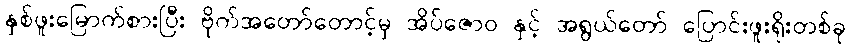
နှစ်ဖူးမြောက်စားပြီး ဗိုက်အတော်တောင့်မှ အိပ်ဇောဝ နှင့် အရွယ်တော် ပြောင်းဖူးရိုးတစ်ခု